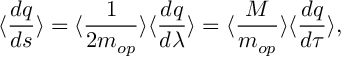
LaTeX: \langle \frac { d q } { d s } \rangle = \langle \frac { 1 } { 2 m _ { o p } } \rangle \langle \frac { d q } { d \lambda } \rangle = \langle \frac { M } { m _ { o p } } \rangle \langle \frac { d q } { d \tau } \rangle ,